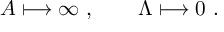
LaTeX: A \longmapsto \infty \ , \qquad \Lambda \longmapsto 0 \ .